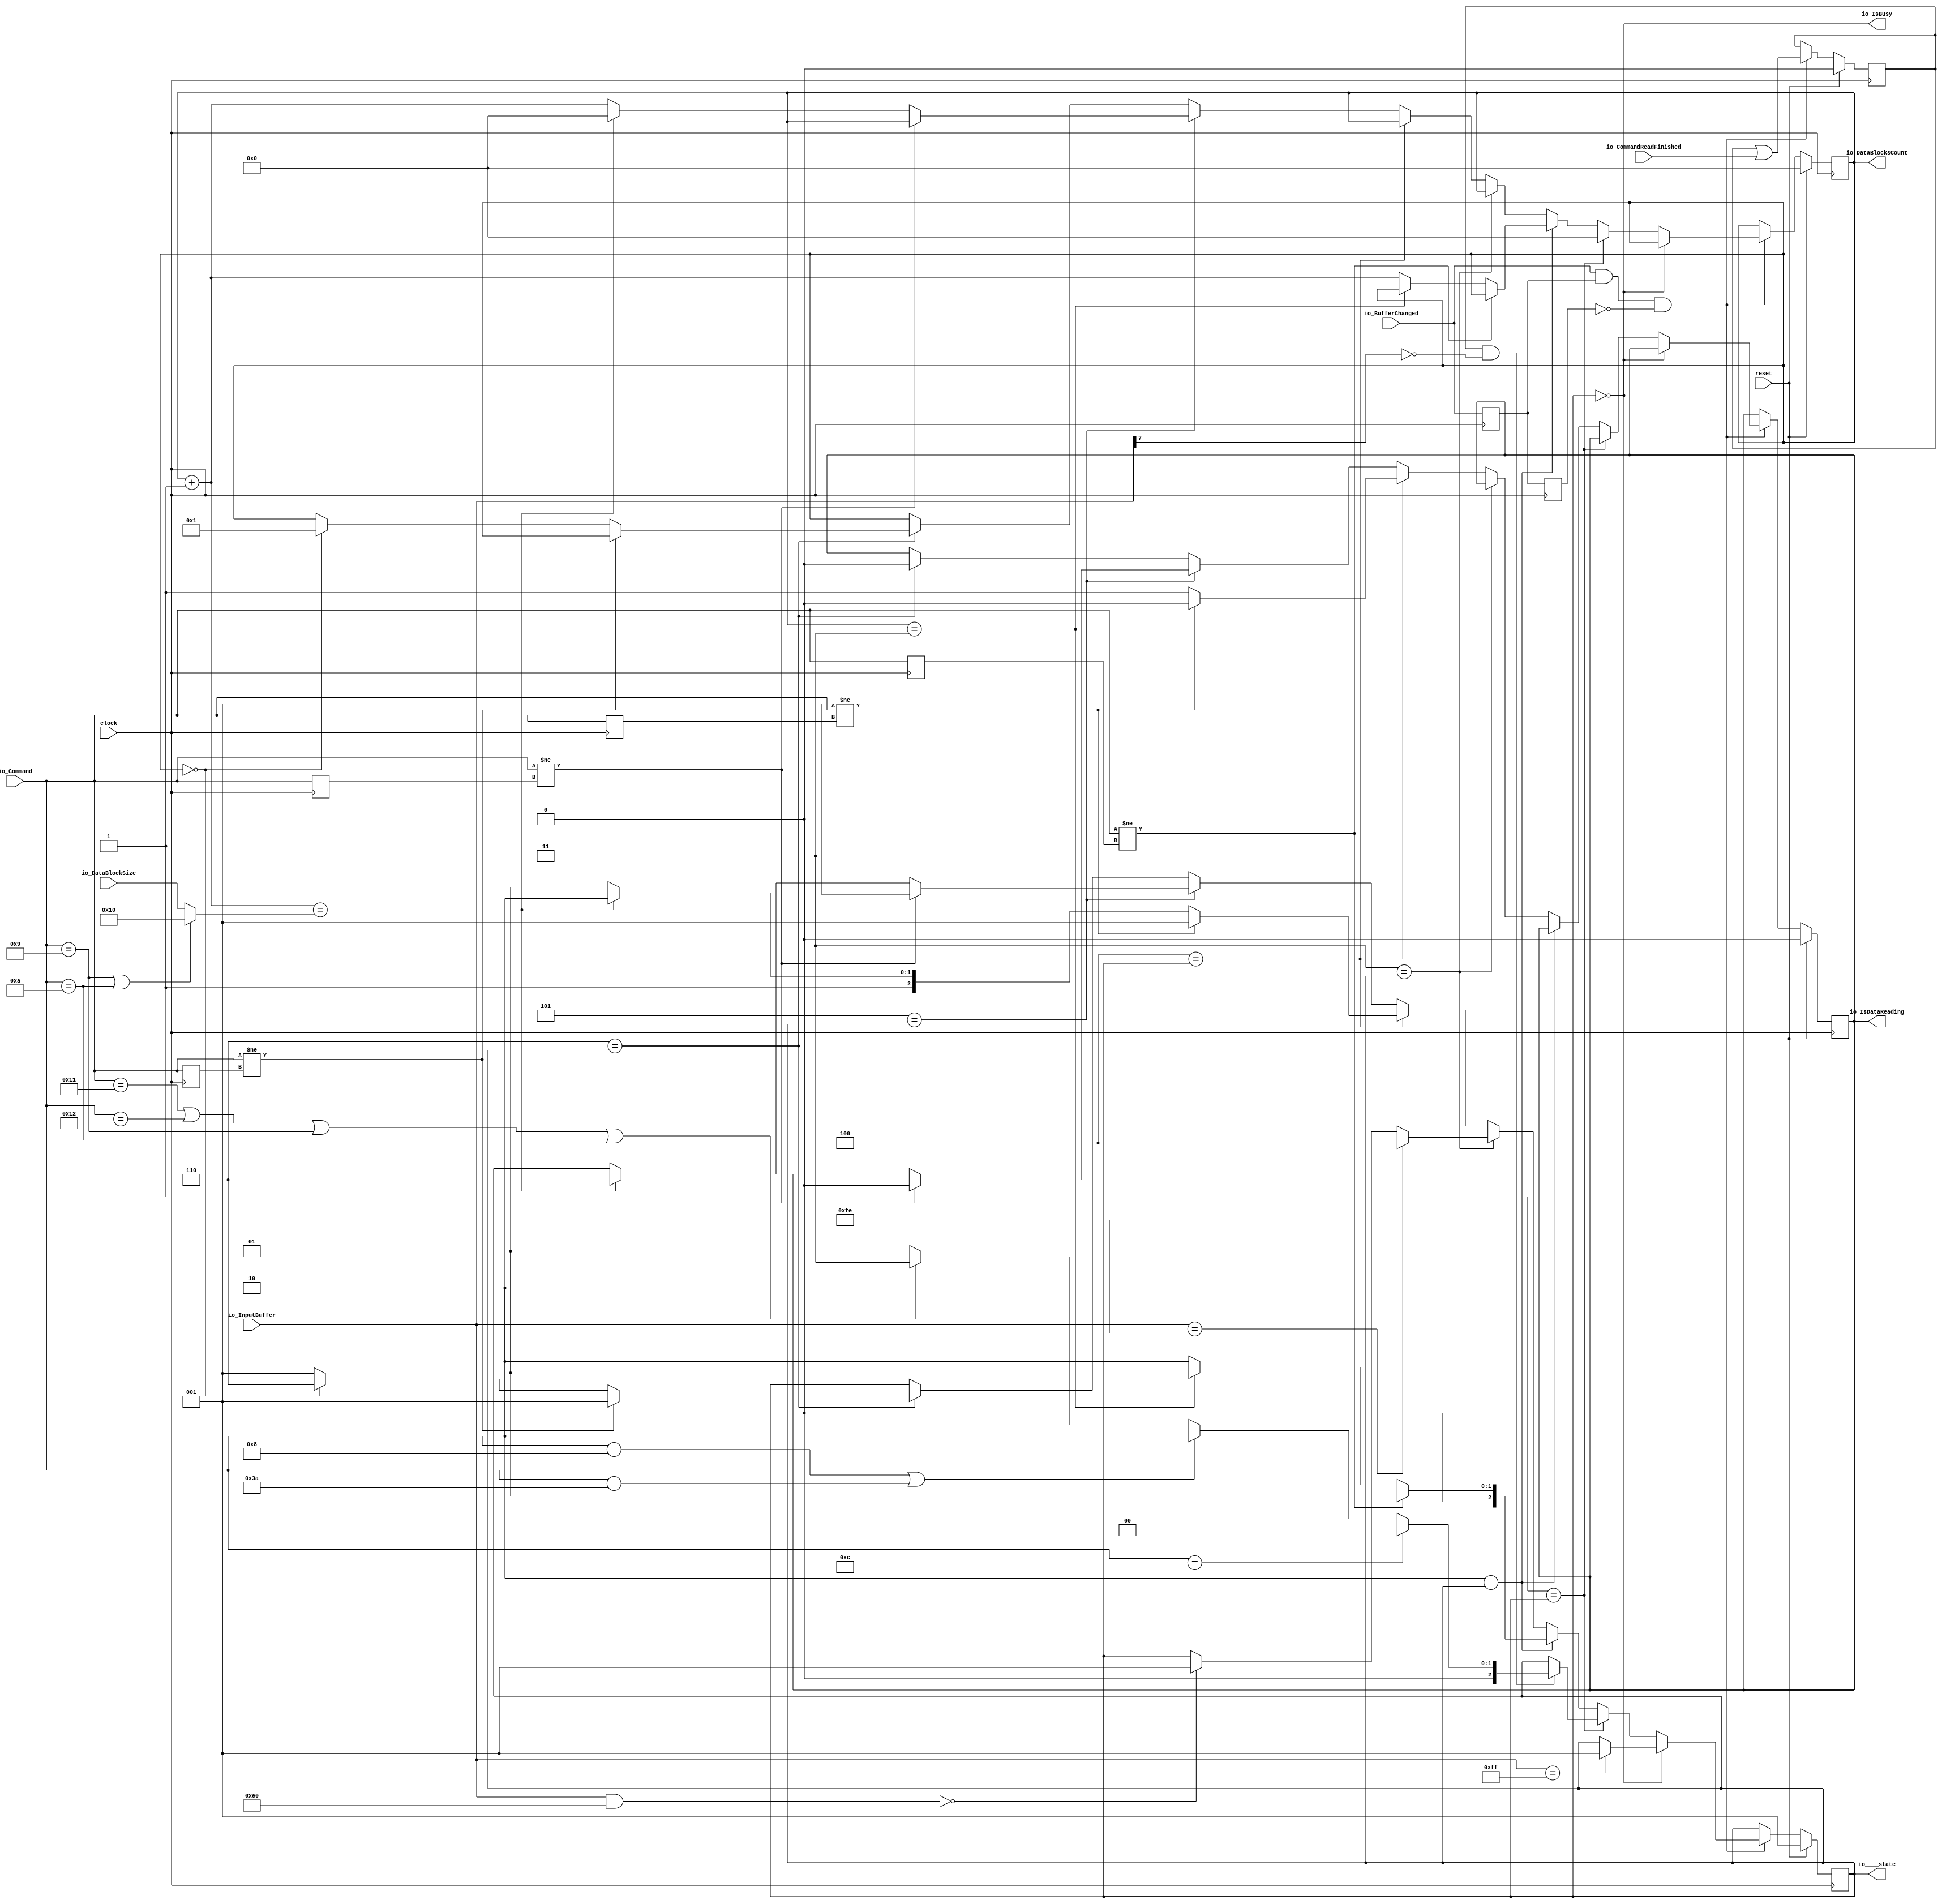
module SpiMasterReceiver(
  input         clock,
  input         reset,
  input  [7:0]  io_InputBuffer,
  input         io_BufferChanged,
  input  [31:0] io_DataBlockSize,
  input         io_CommandReadFinished,
  input  [5:0]  io_Command,
  output [31:0] io_DataBlocksCount,
  output        io_IsDataReading,
  output [2:0]  io____state,
  output        io_IsBusy
);
  reg [2:0] state; // @[SpiMasterReceiver.scala 27:24]
  reg [31:0] _RAND_0;
  reg [31:0] counter; // @[SpiMasterReceiver.scala 30:26]
  reg [31:0] _RAND_1;
  reg  initialized; // @[SpiMasterReceiver.scala 33:30]
  reg [31:0] _RAND_2;
  reg  dataReading; // @[SpiMasterReceiver.scala 35:30]
  reg [31:0] _RAND_3;
  reg  _T_1; // @[SpiMasterReceiver.scala 8:27]
  reg [31:0] _RAND_4;
  wire  _T_2; // @[SpiMasterReceiver.scala 9:11]
  reg  _T_3; // @[SpiMasterReceiver.scala 9:30]
  reg [31:0] _RAND_5;
  wire  _T_4; // @[SpiMasterReceiver.scala 9:22]
  wire  _T_5; // @[SpiMasterReceiver.scala 9:19]
  wire  _T_6; // @[SpiMasterReceiver.scala 41:36]
  wire  _T_7; // @[Conditional.scala 37:30]
  wire  _T_8; // @[SpiMasterReceiver.scala 44:37]
  wire  _T_9; // @[Conditional.scala 37:30]
  wire  _T_10; // @[SpiMasterReceiver.scala 50:51]
  wire  _T_11; // @[SpiMasterReceiver.scala 50:55]
  wire  _T_12; // @[SpiMasterReceiver.scala 50:34]
  wire  _T_13; // @[SpiMasterReceiver.scala 51:37]
  wire  _T_14; // @[SpiMasterReceiver.scala 53:43]
  wire  _T_15; // @[SpiMasterReceiver.scala 53:65]
  wire  _T_16; // @[SpiMasterReceiver.scala 53:51]
  wire  _T_17; // @[SpiMasterReceiver.scala 55:43]
  wire  _T_18; // @[SpiMasterReceiver.scala 55:66]
  wire  _T_19; // @[SpiMasterReceiver.scala 55:52]
  wire  _T_20; // @[SpiMasterReceiver.scala 56:51]
  wire  _T_21; // @[SpiMasterReceiver.scala 56:37]
  wire  _T_22; // @[SpiMasterReceiver.scala 56:73]
  wire  _T_23; // @[SpiMasterReceiver.scala 56:59]
  wire  _T_24; // @[Conditional.scala 37:30]
  reg [5:0] _T_25; // @[SpiMasterReceiver.scala 13:22]
  reg [31:0] _RAND_6;
  wire  _T_26; // @[SpiMasterReceiver.scala 13:11]
  wire  _T_27; // @[SpiMasterReceiver.scala 68:34]
  wire [31:0] _T_29; // @[SpiMasterReceiver.scala 71:44]
  wire  _T_30; // @[Conditional.scala 37:30]
  wire  _T_31; // @[SpiMasterReceiver.scala 76:37]
  wire [7:0] _T_32; // @[SpiMasterReceiver.scala 78:44]
  wire  _T_33; // @[SpiMasterReceiver.scala 78:54]
  wire  _T_34; // @[Conditional.scala 37:30]
  reg [5:0] _T_35; // @[SpiMasterReceiver.scala 13:22]
  reg [31:0] _RAND_7;
  wire  _T_36; // @[SpiMasterReceiver.scala 13:11]
  wire  _T_41; // @[SpiMasterReceiver.scala 89:75]
  wire [31:0] _T_42; // @[SpiMasterReceiver.scala 89:55]
  wire  _T_43; // @[SpiMasterReceiver.scala 89:48]
  wire  _T_45; // @[Conditional.scala 37:30]
  reg [5:0] _T_46; // @[SpiMasterReceiver.scala 13:22]
  reg [31:0] _RAND_8;
  wire  _T_47; // @[SpiMasterReceiver.scala 13:11]
  wire  _T_57; // @[Conditional.scala 37:30]
  reg [5:0] _T_58; // @[SpiMasterReceiver.scala 13:22]
  reg [31:0] _RAND_9;
  wire  _T_59; // @[SpiMasterReceiver.scala 13:11]
  wire  _T_60; // @[SpiMasterReceiver.scala 111:34]
  assign _T_2 = io_BufferChanged & _T_1; // @[SpiMasterReceiver.scala 9:11]
  assign _T_4 = _T_3 == 1'h0; // @[SpiMasterReceiver.scala 9:22]
  assign _T_5 = _T_2 & _T_4; // @[SpiMasterReceiver.scala 9:19]
  assign _T_6 = initialized | io_CommandReadFinished; // @[SpiMasterReceiver.scala 41:36]
  assign _T_7 = 3'h0 == state; // @[Conditional.scala 37:30]
  assign _T_8 = io_InputBuffer == 8'hff; // @[SpiMasterReceiver.scala 44:37]
  assign _T_9 = 3'h1 == state; // @[Conditional.scala 37:30]
  assign _T_10 = io_InputBuffer[7]; // @[SpiMasterReceiver.scala 50:51]
  assign _T_11 = _T_10 == 1'h0; // @[SpiMasterReceiver.scala 50:55]
  assign _T_12 = initialized & _T_11; // @[SpiMasterReceiver.scala 50:34]
  assign _T_13 = io_Command == 6'hc; // @[SpiMasterReceiver.scala 51:37]
  assign _T_14 = io_Command == 6'h8; // @[SpiMasterReceiver.scala 53:43]
  assign _T_15 = io_Command == 6'h3a; // @[SpiMasterReceiver.scala 53:65]
  assign _T_16 = _T_14 | _T_15; // @[SpiMasterReceiver.scala 53:51]
  assign _T_17 = io_Command == 6'h11; // @[SpiMasterReceiver.scala 55:43]
  assign _T_18 = io_Command == 6'h12; // @[SpiMasterReceiver.scala 55:66]
  assign _T_19 = _T_17 | _T_18; // @[SpiMasterReceiver.scala 55:52]
  assign _T_20 = io_Command == 6'h9; // @[SpiMasterReceiver.scala 56:51]
  assign _T_21 = _T_19 | _T_20; // @[SpiMasterReceiver.scala 56:37]
  assign _T_22 = io_Command == 6'ha; // @[SpiMasterReceiver.scala 56:73]
  assign _T_23 = _T_21 | _T_22; // @[SpiMasterReceiver.scala 56:59]
  assign _T_24 = 3'h2 == state; // @[Conditional.scala 37:30]
  assign _T_26 = io_Command != _T_25; // @[SpiMasterReceiver.scala 13:11]
  assign _T_27 = counter == 32'h3; // @[SpiMasterReceiver.scala 68:34]
  assign _T_29 = counter + 32'h1; // @[SpiMasterReceiver.scala 71:44]
  assign _T_30 = 3'h3 == state; // @[Conditional.scala 37:30]
  assign _T_31 = io_InputBuffer == 8'hfe; // @[SpiMasterReceiver.scala 76:37]
  assign _T_32 = io_InputBuffer & 8'he0; // @[SpiMasterReceiver.scala 78:44]
  assign _T_33 = _T_32 == 8'h0; // @[SpiMasterReceiver.scala 78:54]
  assign _T_34 = 3'h4 == state; // @[Conditional.scala 37:30]
  assign _T_36 = io_Command != _T_35; // @[SpiMasterReceiver.scala 13:11]
  assign _T_41 = _T_20 | _T_22; // @[SpiMasterReceiver.scala 89:75]
  assign _T_42 = _T_41 ? 32'h10 : io_DataBlockSize; // @[SpiMasterReceiver.scala 89:55]
  assign _T_43 = _T_29 == _T_42; // @[SpiMasterReceiver.scala 89:48]
  assign _T_45 = 3'h5 == state; // @[Conditional.scala 37:30]
  assign _T_47 = io_Command != _T_46; // @[SpiMasterReceiver.scala 13:11]
  assign _T_57 = 3'h6 == state; // @[Conditional.scala 37:30]
  assign _T_59 = io_Command != _T_58; // @[SpiMasterReceiver.scala 13:11]
  assign _T_60 = counter == 32'h0; // @[SpiMasterReceiver.scala 111:34]
  assign io_DataBlocksCount = counter; // @[SpiMasterReceiver.scala 31:24]
  assign io_IsDataReading = dataReading; // @[SpiMasterReceiver.scala 38:22]
  assign io____state = state; // @[SpiMasterReceiver.scala 28:17]
  assign io_IsBusy = state == 3'h0; // @[SpiMasterReceiver.scala 37:15]
`ifdef RANDOMIZE_GARBAGE_ASSIGN
`define RANDOMIZE
`endif
`ifdef RANDOMIZE_INVALID_ASSIGN
`define RANDOMIZE
`endif
`ifdef RANDOMIZE_REG_INIT
`define RANDOMIZE
`endif
`ifdef RANDOMIZE_MEM_INIT
`define RANDOMIZE
`endif
`ifndef RANDOM
`define RANDOM $random
`endif
`ifdef RANDOMIZE_MEM_INIT
  integer initvar;
`endif
initial begin
  `ifdef RANDOMIZE
    `ifdef INIT_RANDOM
      `INIT_RANDOM
    `endif
    `ifndef VERILATOR
      `ifdef RANDOMIZE_DELAY
        #`RANDOMIZE_DELAY begin end
      `else
        #0.002 begin end
      `endif
    `endif
  `ifdef RANDOMIZE_REG_INIT
  _RAND_0 = {1{`RANDOM}};
  state = _RAND_0[2:0];
  `endif // RANDOMIZE_REG_INIT
  `ifdef RANDOMIZE_REG_INIT
  _RAND_1 = {1{`RANDOM}};
  counter = _RAND_1[31:0];
  `endif // RANDOMIZE_REG_INIT
  `ifdef RANDOMIZE_REG_INIT
  _RAND_2 = {1{`RANDOM}};
  initialized = _RAND_2[0:0];
  `endif // RANDOMIZE_REG_INIT
  `ifdef RANDOMIZE_REG_INIT
  _RAND_3 = {1{`RANDOM}};
  dataReading = _RAND_3[0:0];
  `endif // RANDOMIZE_REG_INIT
  `ifdef RANDOMIZE_REG_INIT
  _RAND_4 = {1{`RANDOM}};
  _T_1 = _RAND_4[0:0];
  `endif // RANDOMIZE_REG_INIT
  `ifdef RANDOMIZE_REG_INIT
  _RAND_5 = {1{`RANDOM}};
  _T_3 = _RAND_5[0:0];
  `endif // RANDOMIZE_REG_INIT
  `ifdef RANDOMIZE_REG_INIT
  _RAND_6 = {1{`RANDOM}};
  _T_25 = _RAND_6[5:0];
  `endif // RANDOMIZE_REG_INIT
  `ifdef RANDOMIZE_REG_INIT
  _RAND_7 = {1{`RANDOM}};
  _T_35 = _RAND_7[5:0];
  `endif // RANDOMIZE_REG_INIT
  `ifdef RANDOMIZE_REG_INIT
  _RAND_8 = {1{`RANDOM}};
  _T_46 = _RAND_8[5:0];
  `endif // RANDOMIZE_REG_INIT
  `ifdef RANDOMIZE_REG_INIT
  _RAND_9 = {1{`RANDOM}};
  _T_58 = _RAND_9[5:0];
  `endif // RANDOMIZE_REG_INIT
  `endif // RANDOMIZE
end
  always @(posedge clock) begin
    if (reset) begin
      state <= 3'h1;
    end else begin
      if (_T_5) begin
        if (_T_7) begin
          if (_T_8) begin
            state <= 3'h1;
          end
        end else begin
          if (_T_9) begin
            if (_T_12) begin
              if (_T_13) begin
                state <= 3'h0;
              end else begin
                if (_T_16) begin
                  state <= 3'h2;
                end else begin
                  if (_T_23) begin
                    state <= 3'h3;
                  end else begin
                    state <= 3'h1;
                  end
                end
              end
            end
          end else begin
            if (_T_24) begin
              if (_T_26) begin
                state <= 3'h1;
              end else begin
                if (_T_27) begin
                  state <= 3'h1;
                end else begin
                  state <= 3'h2;
                end
              end
            end else begin
              if (_T_30) begin
                if (_T_31) begin
                  state <= 3'h4;
                end else begin
                  if (_T_33) begin
                    state <= 3'h1;
                  end
                end
              end else begin
                if (_T_34) begin
                  if (_T_36) begin
                    state <= 3'h1;
                  end else begin
                    if (_T_43) begin
                      state <= 3'h6;
                    end else begin
                      state <= 3'h5;
                    end
                  end
                end else begin
                  if (_T_45) begin
                    if (_T_47) begin
                      state <= 3'h1;
                    end else begin
                      if (_T_43) begin
                        state <= 3'h6;
                      end
                    end
                  end else begin
                    if (_T_57) begin
                      if (_T_59) begin
                        state <= 3'h1;
                      end else begin
                        if (_T_60) begin
                          state <= 3'h6;
                        end else begin
                          state <= 3'h1;
                        end
                      end
                    end
                  end
                end
              end
            end
          end
        end
      end
    end
    if (reset) begin
      counter <= 32'h0;
    end else begin
      if (_T_5) begin
        if (!(_T_7)) begin
          if (_T_9) begin
            counter <= 32'h0;
          end else begin
            if (_T_24) begin
              if (!(_T_26)) begin
                if (!(_T_27)) begin
                  counter <= _T_29;
                end
              end
            end else begin
              if (!(_T_30)) begin
                if (!(_T_34)) begin
                  if (_T_45) begin
                    if (!(_T_47)) begin
                      if (_T_43) begin
                        counter <= 32'h0;
                      end else begin
                        counter <= _T_29;
                      end
                    end
                  end else begin
                    if (_T_57) begin
                      if (!(_T_59)) begin
                        if (_T_60) begin
                          counter <= 32'h1;
                        end
                      end
                    end
                  end
                end
              end
            end
          end
        end
      end
    end
    if (reset) begin
      initialized <= 1'h0;
    end else begin
      if (_T_5) begin
        initialized <= _T_6;
      end
    end
    if (reset) begin
      dataReading <= 1'h0;
    end else begin
      if (_T_5) begin
        if (!(_T_7)) begin
          if (!(_T_9)) begin
            if (!(_T_24)) begin
              if (!(_T_30)) begin
                if (_T_34) begin
                  if (_T_36) begin
                    dataReading <= 1'h0;
                  end else begin
                    dataReading <= 1'h1;
                  end
                end else begin
                  if (_T_45) begin
                    if (_T_47) begin
                      dataReading <= 1'h0;
                    end
                  end else begin
                    if (_T_57) begin
                      dataReading <= 1'h0;
                    end
                  end
                end
              end
            end
          end
        end
      end
    end
    _T_1 <= io_BufferChanged;
    _T_3 <= _T_1;
    _T_25 <= io_Command;
    _T_35 <= io_Command;
    _T_46 <= io_Command;
    _T_58 <= io_Command;
  end
endmodule